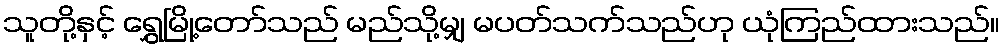
သူတို့နှင့် ရွှေမြို့တော်သည် မည်သို့မျှ မပတ်သက်သည်ဟု ယုံကြည်ထားသည်။